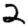
Digit: 2